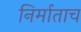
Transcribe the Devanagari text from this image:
निर्माताच